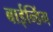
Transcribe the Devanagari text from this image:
बाईन्डिंग